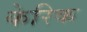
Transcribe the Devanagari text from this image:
केरिक